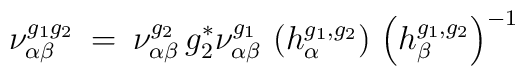
\nu^{g_1 g_2}_{\alpha \beta} \: = \:\nu^{g_2}_{\alpha \beta} \, g_2^* \nu^{g_1}_{\alpha \beta} \,\left( h^{g_1, g_2}_{\alpha} \right) \,\left( h^{g_1, g_2}_{\beta} \right)^{-1}